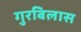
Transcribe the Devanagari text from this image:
गुरबिलास